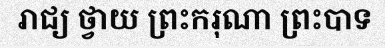
រាជ្យ ថ្វាយ ព្រះករុណា ព្រះបាទ